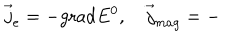
\overrightarrow { j } _ { e } = - \mathrm { g r a d } E ^ { 0 } , \quad \overrightarrow { j } _ { m a g } = -